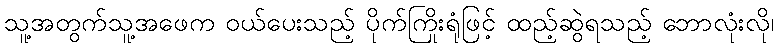
သူ့အတွက်သူ့အဖေက ဝယ်ပေးသည့် ပိုက်ကြိုးရုံဖြင့် ထည့်ဆွဲရသည့် ဘောလုံးလို၊